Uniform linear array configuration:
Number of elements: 8
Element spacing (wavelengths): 0.5
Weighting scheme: blackman
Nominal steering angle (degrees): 30
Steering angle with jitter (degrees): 28.252
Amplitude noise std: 0.05
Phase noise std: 0.05

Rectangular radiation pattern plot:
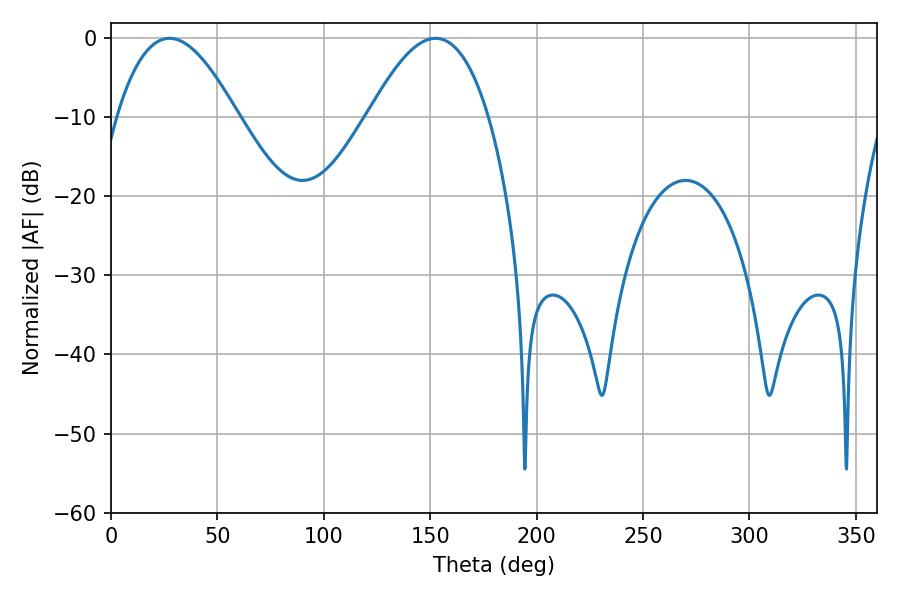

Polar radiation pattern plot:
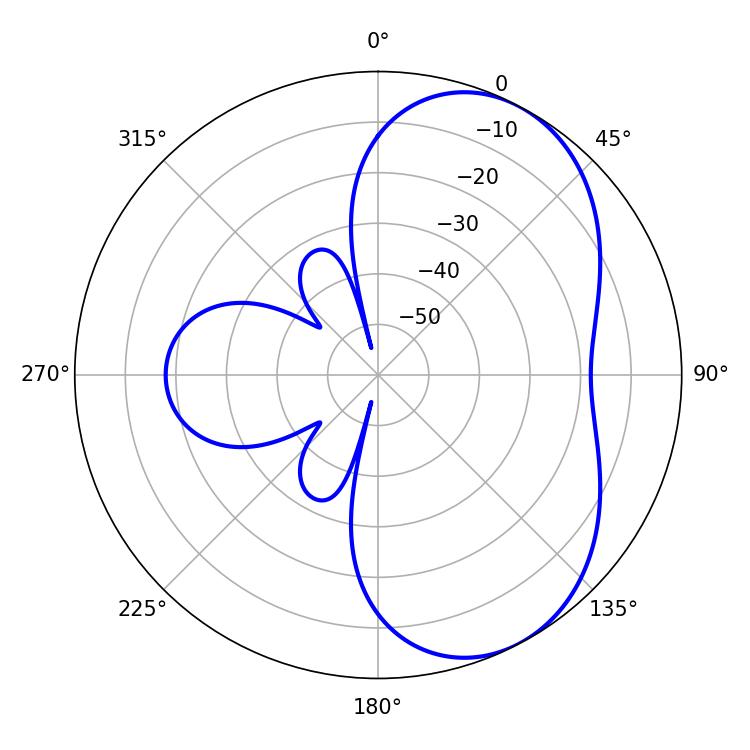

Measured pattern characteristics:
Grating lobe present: FALSE
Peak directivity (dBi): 5.428
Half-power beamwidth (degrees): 30.96
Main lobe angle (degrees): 27.54